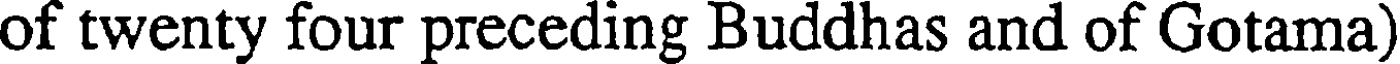
of twenty four preceding Buddhas and of Gotama)